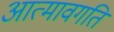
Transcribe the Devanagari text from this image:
आत्मावगति